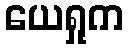
ယေရှုက